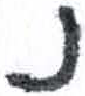
אות: נ